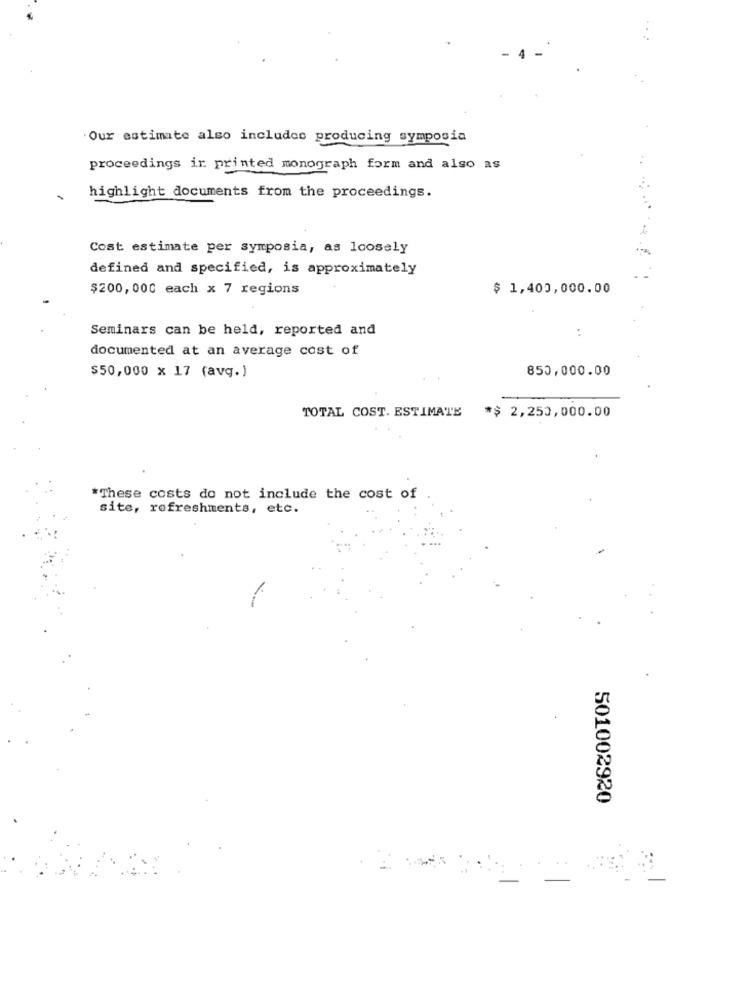
Our estimate also includes producing symposia
proceedings ir printed monograph form and also as
highlight documents from the proceedings.
Cost estimate per symposia, as loosely
defined and specified, is approximately
$200,000 each x 7 regions
$ 1,400,000.00
Seminars can be held, reported and
documented at an average cost of
$50,000 x 17 (avg.)
850,000.00
TOTAL COST. ESTIMATE
*$ 2,250,000.00
*These costs do not include the cost of
site, refreshments, etc.
501002920